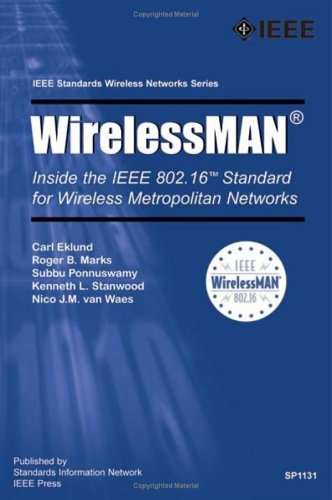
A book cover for WirelessMAN: Inside the IEEE 802.16 Standard for Wireless Metropolitan Area Networks; Carl Eklund; Computers & Technology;